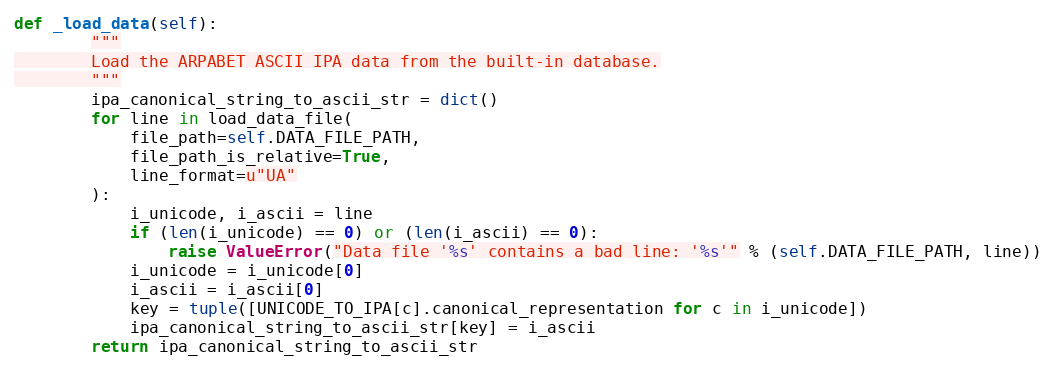
Language: Python
def _load_data(self):
        """
        Load the ARPABET ASCII IPA data from the built-in database.
        """
        ipa_canonical_string_to_ascii_str = dict()
        for line in load_data_file(
            file_path=self.DATA_FILE_PATH,
            file_path_is_relative=True,
            line_format=u"UA"
        ):
            i_unicode, i_ascii = line
            if (len(i_unicode) == 0) or (len(i_ascii) == 0):
                raise ValueError("Data file '%s' contains a bad line: '%s'" % (self.DATA_FILE_PATH, line))
            i_unicode = i_unicode[0]
            i_ascii = i_ascii[0]
            key = tuple([UNICODE_TO_IPA[c].canonical_representation for c in i_unicode])
            ipa_canonical_string_to_ascii_str[key] = i_ascii
        return ipa_canonical_string_to_ascii_str